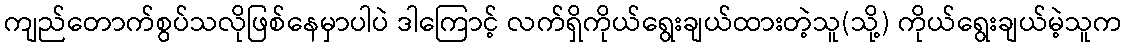
ကျည်တောက်စွပ်သလိုဖြစ်နေမှာပါပဲ ဒါကြောင့် လက်ရှိကိုယ်ရွေးချယ်ထားတဲ့သူ(သို့) ကိုယ်ရွေးချယ်မဲ့သူက